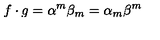
f \cdot g = \alpha ^ { m } \beta _ { m } = \alpha _ { m } \beta ^ { m }